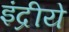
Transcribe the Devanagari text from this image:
इंद्रीये